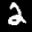
Label: 2